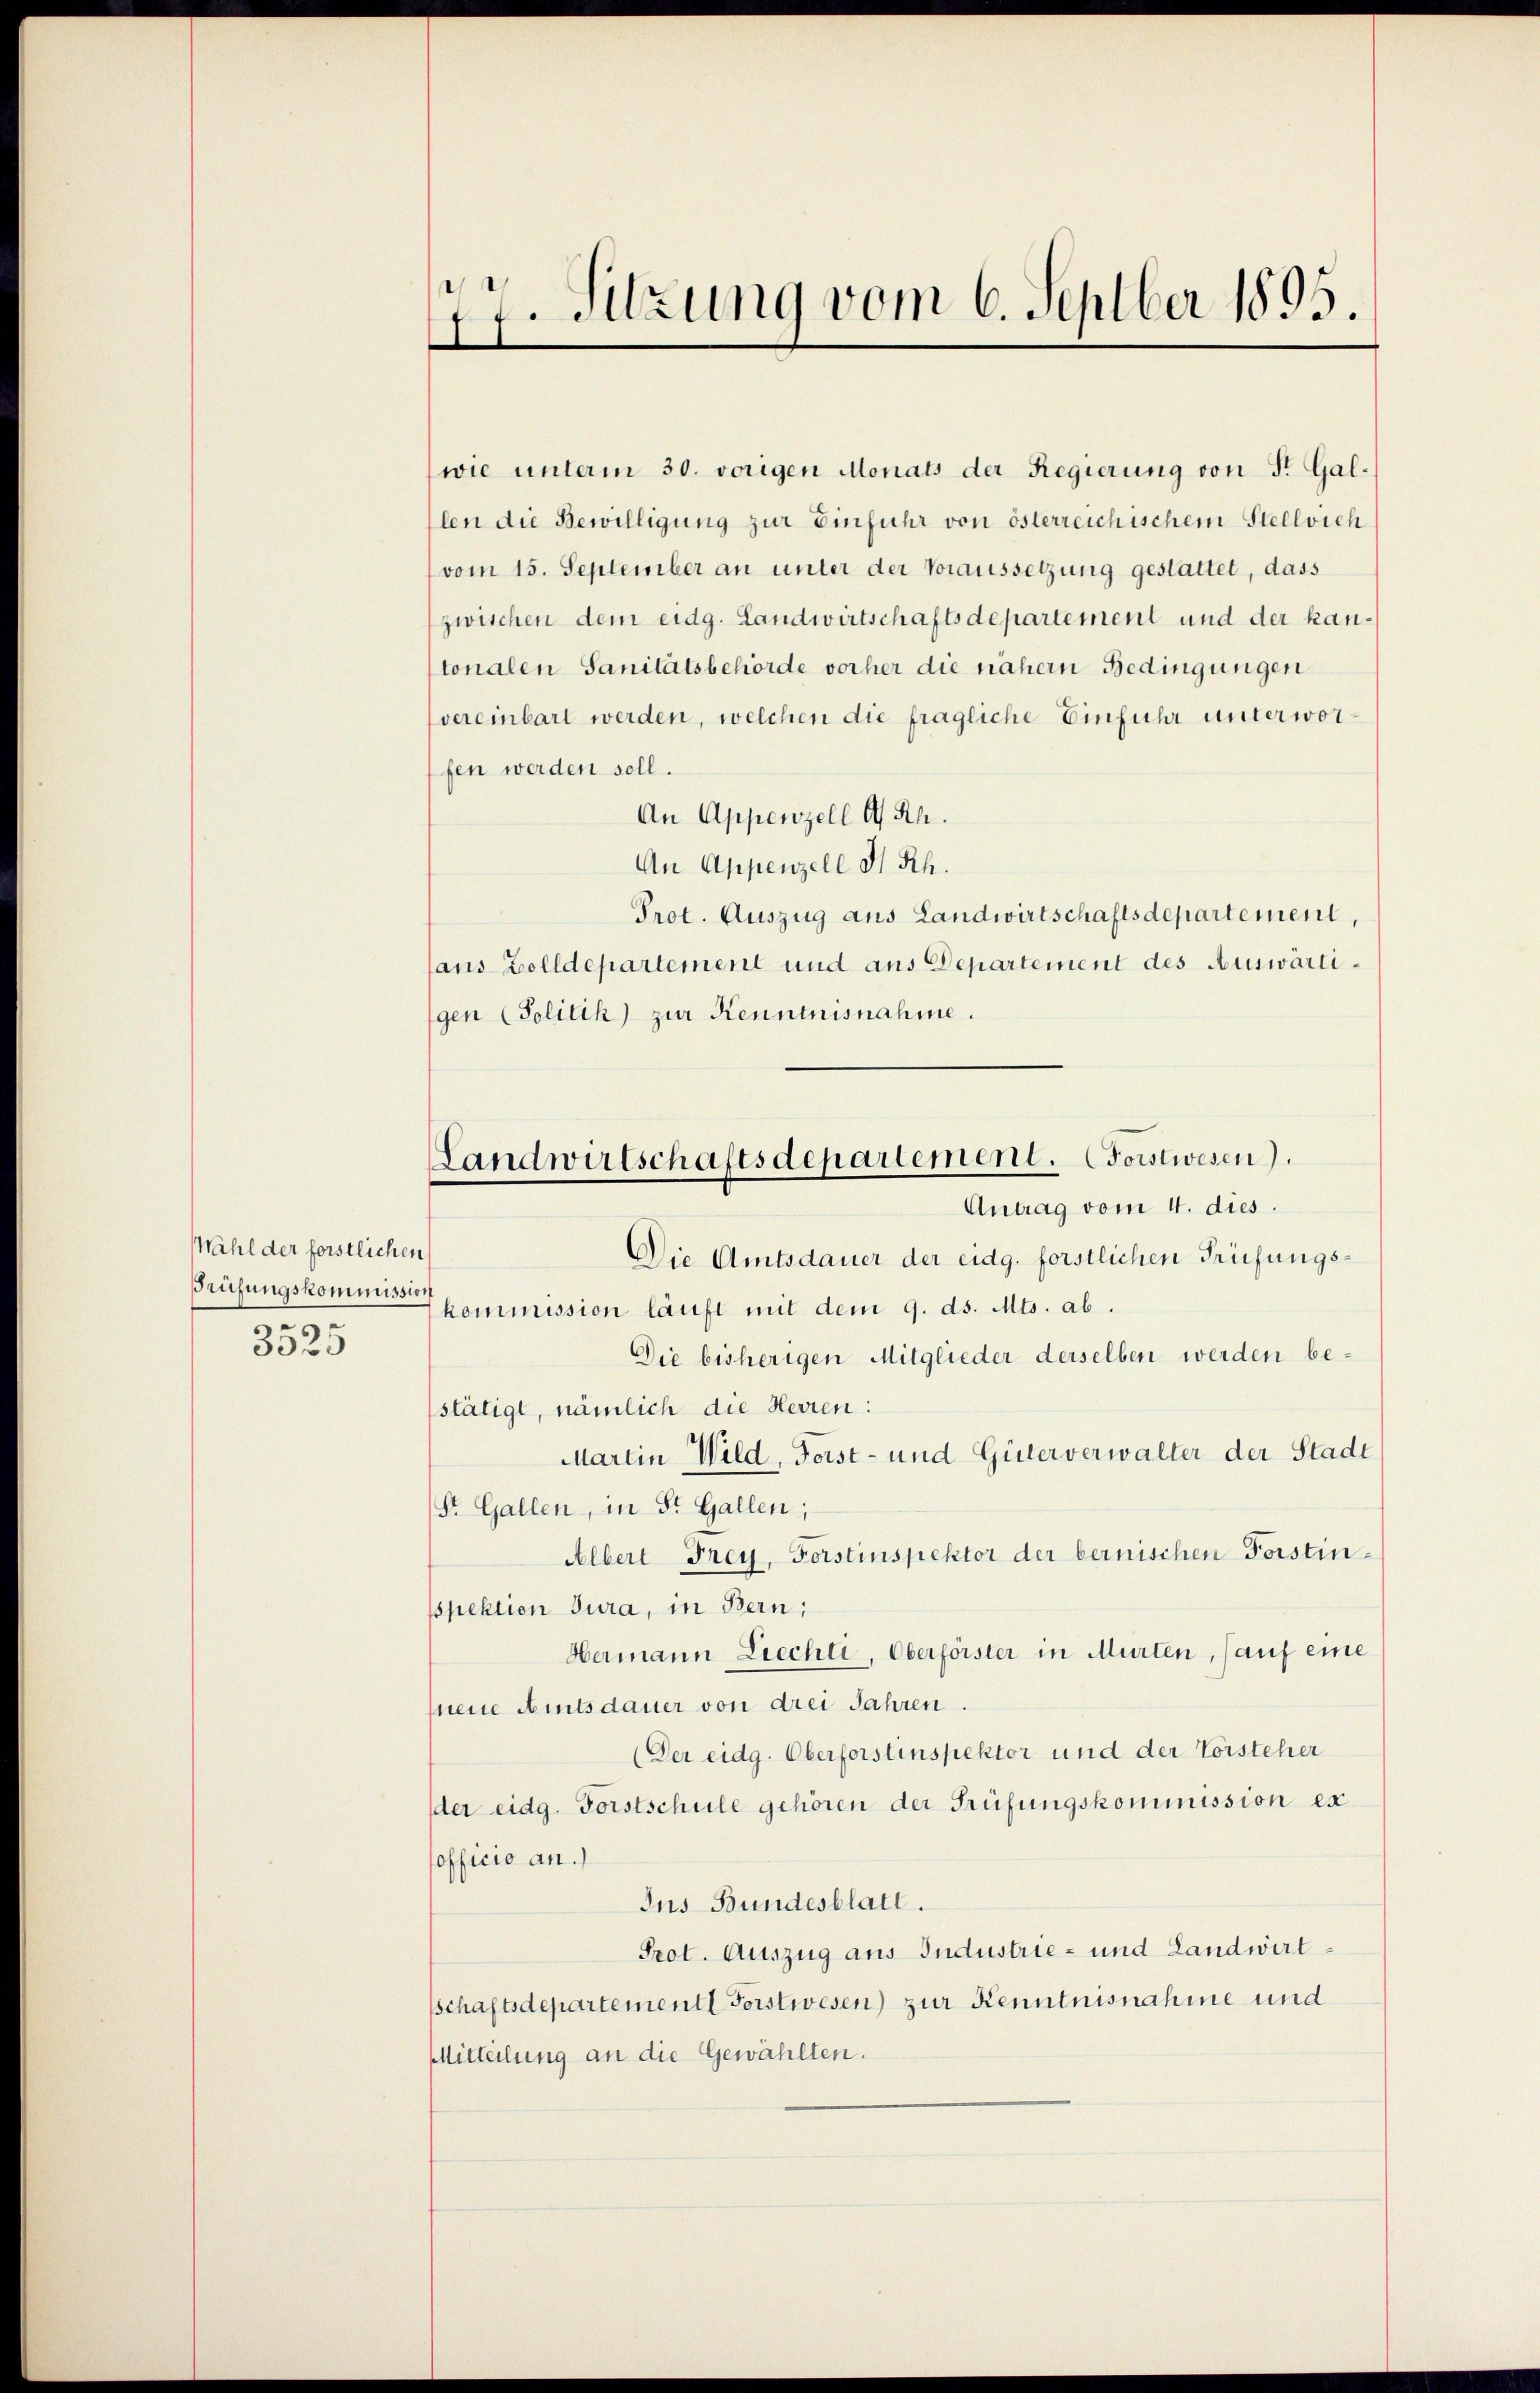
Wahl der forstlichen
Prüfungskommission
9
3029

77. Sitzung vom 6. Septber 1895.
e

wie unterm 30. vorigen Monats der Regierung von Fr. Gallen die Bewilligung zur Einfuhr von österreichischem Stellvieh
vom 15. September an unter der Voraussetzung gestattet, dass
zwischen dem eidg. Landwirtschaftsdepartement und der kantonalen Sanitätsbehörde vorher die nähern Bedingungen
vereinbart werden, welchen die fragliche Einfuhr unterworfen werden soll.
An Appenzell A/Rh.
An Appenzell H. Rh.
Prot. Auszug aus Landwirtschaftsdepartement,
laus Zolldepartement und aus Departement des Auswärtigen (Politik) zur Kenntnisnahme.
kommission läuft mit dem 9. ds. Mts. ab
Die bisherigen Mitglieder derselben werden bestätigt, nämlich die Herren:
Martin Wild, Forst- und Güterverwalter der Stadt
Str. Gallen, in St. Gallen;
Albert Frey, Forstinspektor der bernischen Forstinsspektion Jura, in Bern;
Hermann Liechti, Oberförster in Murten, sauf eine
neue Amtsdauer von drei Jahren.
(Der eidg. Oberforstinspektor und der Vorsteher
der eidg. Forstschule gehören der Prüfungskommission ex
sofficio an.)
Ius Bundesblatt.
Prot. Auszug aus Industrie- und Landwirtsschaftsdepartement Forstwesen) zur Kenntnisnahme und
Mitteilung an die Gewählten.

Landwirtschaftsdepartement. Forstwesen).
Antrag vom 4. dies.
Die Amtsdauer der eidg. forstlichen Prüfungs¬